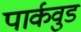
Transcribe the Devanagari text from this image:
पार्कवुड